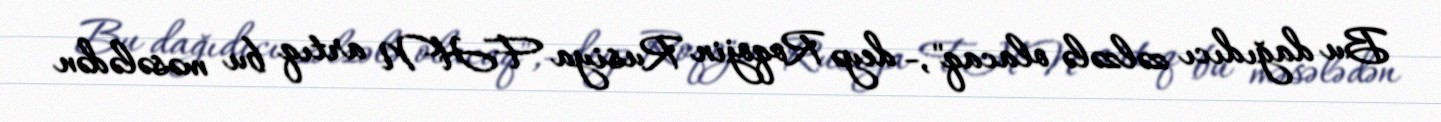
Bu dağıdıcı zəlzələ olacaq",- deyə Roqojin Rusiya FHN artıq bu məsələdən